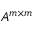
A ^ { m \times m }